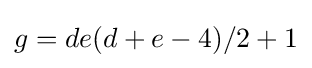
g=de(d+e-4)/2+1